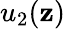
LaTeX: u_{2}(\mathbf{z})